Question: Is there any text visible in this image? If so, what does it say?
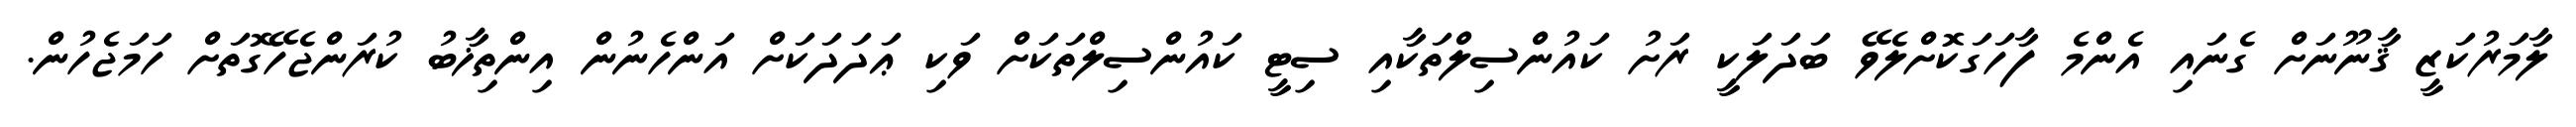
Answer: ލާމަރުކަޒީ ޤާނޫނަށް ގެނައި އެންމެ ފާހަގަކޮށްލެވޭ ބަދަލަކީ ރަށު ކައުންސިލްތަކާއި ސިޓީ ކައުންސިލްތަކަށް ވަކި ޢަދަދަކަށް އަންހެނުން އިންތިޚާބު ކުރަންޖެހޭގޮތަށް ހަމަޖެހުން.